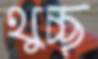
থুচ্ছ